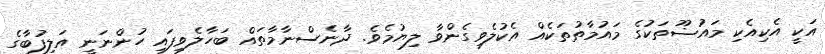
އަކީ އެކިއެކި މައުޟޫތަކުގެ މައުމާތުތަކެއް އެކުލެވިގެންވާ ލިޔުމެވެ. ދާނެސްނާމާތައް ބަހާލެވިފައި ހުންނަނީ އަލިފުބާގެ